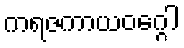
ကရဇကာယဝဂ္ဂေါ